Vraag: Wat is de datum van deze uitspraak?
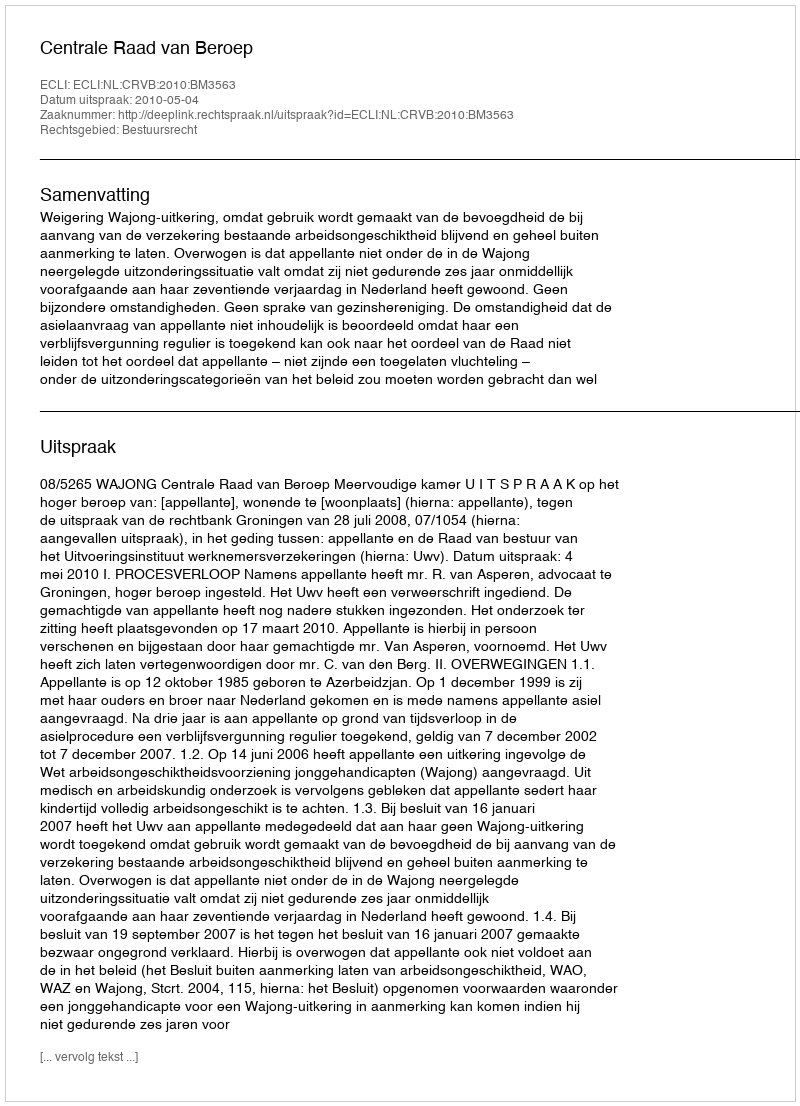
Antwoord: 2010-05-04